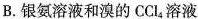
B.银氨溶液和溴的CCl4溶液